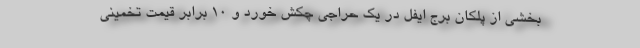
بخشی از پلکان برج ایفل در یک حراجی چکش خورد و ۱۰ برابر قیمت تخمینی